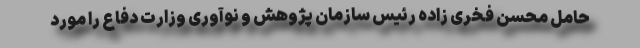
حامل محسن فخری زاده رئیس سازمان پژوهش و نوآوری وزارت دفاع را مورد